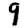
Digit: 9